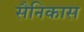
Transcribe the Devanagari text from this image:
सैनिकास